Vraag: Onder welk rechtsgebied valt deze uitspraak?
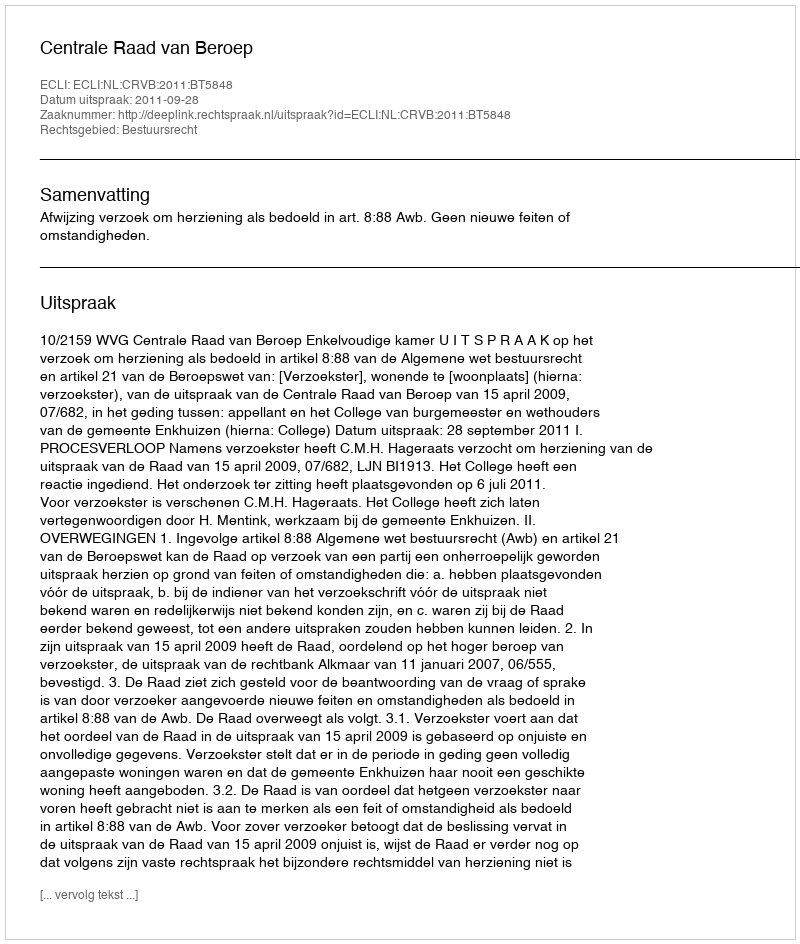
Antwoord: Bestuursrecht